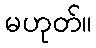
မဟုတ်။